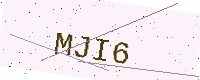
Text: MJI6